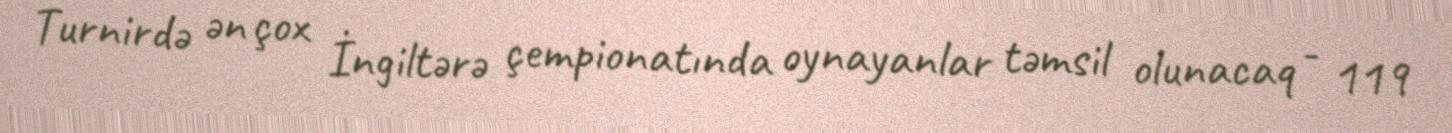
Turnirdə ən çox İngiltərə çempionatında oynayanlar təmsil olunacaq - 119